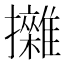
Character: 𢹼